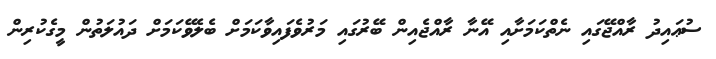
ސުޢައިދު ރާއްޖޭގައި ނެތްކަމަށާއި އޭނާ ރާއްޖެއިން ބޭރުގައި މަރުވެފައިވާކަމަށް ބެލެވޭކަމަށް ދައުލަތުން މީގެކުރިން